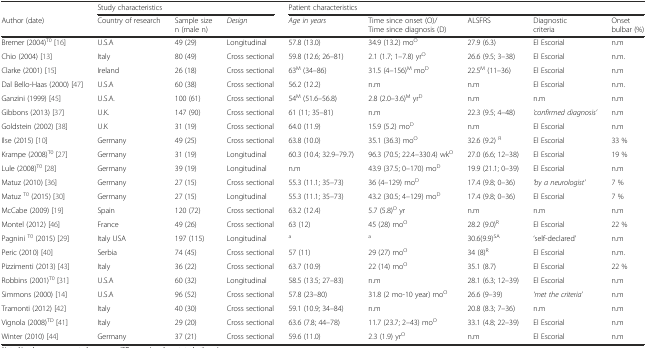
<table><thead><tr><td></td><td colspan="3"><b>Study characteristics</b></td><td colspan="5"><b>Patient characteristics</b></td></tr><tr><td><b>Author (date)</b></td><td><b>Country of research</b></td><td><b>Sample sizen (male n)</b></td><td><b><i>Design</i></b></td><td><b><i>Age in years</i></b></td><td><b>Time since onset (O)/Time since diagnosis (D)</b></td><td><b>ALSFRS</b></td><td><b>Diagnosticcriteria</b></td><td><b>Onsetbulbar (%)</b></td></tr></thead><tbody><tr><td>Bremer (2004)<sup>T0</sup> [16]</td><td>U.S.A</td><td>49 (29)</td><td>Longitudinal</td><td>57.8 (13.0)</td><td>34.9 (13.2) mo<sup>O</sup></td><td>27.9 (6.3)</td><td>El Escorial</td><td>n.m</td></tr><tr><td>Chio (2004) [13]</td><td>Italy</td><td>80 (49)</td><td>Cross sectional</td><td>59.8 (12.6; 26–81)</td><td>2.1 (1.7; 1–7.8) yr<sup>O</sup></td><td>26.6 (9.5; 3–38)</td><td>El Escorial</td><td>n.m.</td></tr><tr><td>Clarke (2001) [15]</td><td>Ireland</td><td>26 (18)</td><td>Cross sectional</td><td>63<sup>M</sup> (34–86)</td><td>31.5 (4–156)<sup>M</sup> mo<sup>D</sup></td><td>22.5<sup>M</sup> (11–36)</td><td>El Escorial</td><td>n.m</td></tr><tr><td>Dal Bello-Haas (2000) [47]</td><td>U.S.A</td><td>60 (38)</td><td>Cross sectional</td><td>56.2 (12.2)</td><td>n.m</td><td>n.m</td><td>El Escorial</td><td>n.m.</td></tr><tr><td>Ganzini (1999) [45]</td><td>U.S.A.</td><td>100 (61)</td><td>Cross sectional</td><td>54<sup>M</sup> (51.6–56.8)</td><td>2.8 (2.0–3.6)<sup>M</sup> yr<sup>D</sup></td><td>n.m</td><td>n.m</td><td>n.m</td></tr><tr><td>Gibbons (2013) [37]</td><td>U.K.</td><td>147 (90)</td><td>Cross sectional</td><td>61 (11; 35–81)</td><td>n.m</td><td>22.3 (9.5; 4–48)</td><td><i>‘confirmed diagnosis’</i></td><td>n.m</td></tr><tr><td>Goldstein (2002) [38]</td><td>U.K</td><td>31 (19)</td><td>Cross sectional</td><td>64.0 (11.9)</td><td>15.9 (5.2) mo<sup>D</sup></td><td>n.m</td><td>El Escorial</td><td>n.m</td></tr><tr><td>Ilse (2015) [10]</td><td>Germany</td><td>49 (25)</td><td>Cross sectional</td><td>63.8 (10.0)</td><td>35.1 (36.3) mo<sup>O</sup></td><td>32.6 (9.2) <sup>R</sup></td><td>El Escorial</td><td>33 %</td></tr><tr><td>Krampe (2008)<sup>T0</sup> [27]</td><td>Germany</td><td>31 (19)</td><td>Longitudinal</td><td>60.3 (10.4; 32.9–79.7)</td><td>96.3 (70.5; 22.4–330.4) wk<sup>O</sup></td><td>27.0 (6.6; 12–38)</td><td>El Escorial</td><td>19 %</td></tr><tr><td>Lule (2008)<sup>T0</sup> [28]</td><td>Germany</td><td>39 (19)</td><td>Longitudinal</td><td>n.m</td><td>43.9 (37.5; 0–170) mo<sup>D</sup></td><td>19.9 (21.1; 0–39)</td><td>El Escorial</td><td>n.m</td></tr><tr><td>Matuz (2010) [36]</td><td>Germany</td><td>27 (15)</td><td>Cross sectional</td><td>55.3 (11.1; 35–73)</td><td>36 (4–129) mo<sup>D</sup></td><td>17.4 (9.8; 0–36)</td><td><i>‘by a neurologist’</i></td><td>7 %</td></tr><tr><td>Matuz <sup>T0</sup> (2015) [30]</td><td>Germany</td><td>27 (15)</td><td>Longitudinal</td><td>55.3 (11.1; 35–73)</td><td>43.2 (30.5; 4–129) mo<sup>D</sup></td><td>17.4 (9.8; 0–36)</td><td>El Escorial</td><td>7 %</td></tr><tr><td>McCabe (2009) [19]</td><td>Spain</td><td>120 (72)</td><td>Cross sectional</td><td>63.2 (12.4)</td><td>5.7 (5.8)<sup>O</sup> yr</td><td>n.m</td><td>n.m</td><td>n.m</td></tr><tr><td>Montel (2012) [46]</td><td>France</td><td>49 (26)</td><td>Cross sectional</td><td>63 (12)</td><td>45 (28) mo<sup>O</sup></td><td>28.2 (9.0)<sup>R</sup></td><td>El Escorial</td><td>22 %</td></tr><tr><td>Pagnini <sup>T0</sup> (2015) [29]</td><td>Italy USA</td><td>197 (115)</td><td>Longitudinal</td><td><sup>a</sup></td><td><sup>a</sup></td><td>30.6(9.9)<sup>SA</sup></td><td>‘self-declared’</td><td>n.m</td></tr><tr><td>Peric (2010) [40]</td><td>Serbia</td><td>74 (45)</td><td>Cross sectional</td><td>57 (11)</td><td>29 (27) mo<sup>O</sup></td><td>34 (8)<sup>R</sup></td><td>El Escorial</td><td>n.m.</td></tr><tr><td>Pizzimenti (2013) [43]</td><td>Italy</td><td>36 (22)</td><td>Cross sectional</td><td>63.7 (10.9)</td><td>22 (14) mo<sup>O</sup></td><td>35.1 (8.7)</td><td>El Escorial</td><td>22 %</td></tr><tr><td>Robbins (2001)<sup>T0</sup> [31]</td><td>U.S.A</td><td>60 (32)</td><td>Longitudinal</td><td>58.5 (13.5; 27–83)</td><td>n.m</td><td>28.1 (6.3; 12–39)</td><td>El Escorial</td><td>n.m</td></tr><tr><td>Simmons (2000) [14]</td><td>U.S.A</td><td>96 (52)</td><td>Cross sectional</td><td>57.8 (23–80)</td><td>31.8 (2 mo-10 year) mo<sup>O</sup></td><td>26.6 (9–39)</td><td><i>‘met the criteria’</i></td><td>n.m</td></tr><tr><td>Tramonti (2012) [42]</td><td>Italy</td><td>40 (30)</td><td>Cross sectional</td><td>59.1 (10.9; 34–84)</td><td>n.m</td><td>20.8 (8.3; 7–36)</td><td>n.m</td><td>n.m</td></tr><tr><td>Vignola (2008)<sup>TD</sup> [41]</td><td>Italy</td><td>29 (20)</td><td>Cross sectional</td><td>63.6 (7.8; 44–78)</td><td>11.7 (23.7; 2–43) mo<sup>O</sup></td><td>33.1 (4.8; 22–39)</td><td>El Escorial</td><td>n.m</td></tr><tr><td>Winter (2010) [44]</td><td>Germany</td><td>37 (21)</td><td>Cross sectional</td><td>59.6 (11.0)</td><td>2.3 (1.9) yr<sup>O</sup></td><td>n.m</td><td>El Escorial</td><td>n.m</td></tr></tbody></table>